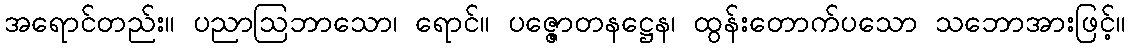
အရောင်တည်း။ ပညာဩဘာသော၊ ရောင်။ ပဇ္ဇောတနဋ္ဌေန၊ ထွန်းတောက်ပသော သဘောအားဖြင့်။